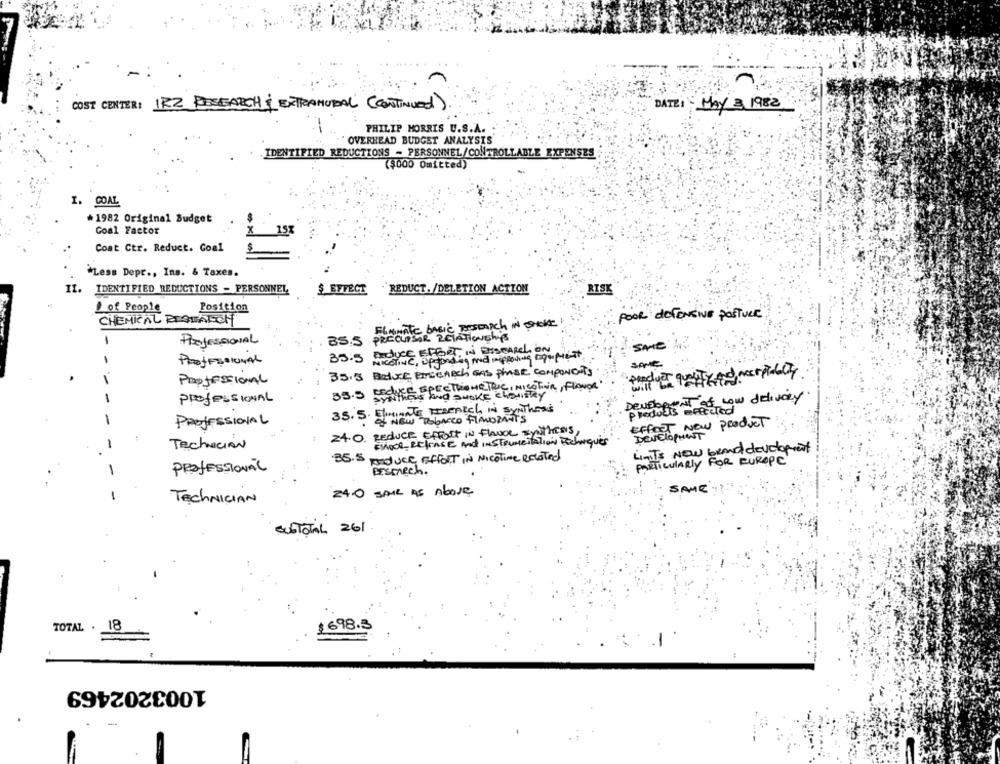
COST CENTER: IRZ RESEARCH & EXTRAMURAL ( CONTINUED).
DATEI MAY & 1982
PHILIP MORRIS U.S.A.
OVERHEAD BUDGET ANALYSIS
IDENTIFIED REDUCTIONS - PERSONNEL/CONTROLLABLE EXPENSES
($000 Omitted)
I. COAL
*1982 Original Budget
Goal Factor
15%
Coat Ctr. Reduct. Coal
$
"Less Depr ., Ins. & Taxes.
II.
IDENTIFIED REDUCTIONS - PERSONNEL,
$ EFFECT
REDUCT. /DELETION ACTION
RIST
of People
Position
CHEMICAL BISWATCH
BS.S PRENNEDE PescaIch IN DANKE!
POOR DEFENSIVE POSTURE
-
PROFESSIONAL
SAME
35.5 NICOTINE, opganding med imploding raquipucust
35.5 Beduce PISCARch GAS PHASE Components
Professional
35.5 reduce SPECTROMETRIC, NICOTINin, FLANDR
sywithers and smoke chouistay
ProfessIONAL
Develope I at Low delivery
35. 5. ELIMINATE PARAICH IN SYNThEss
Of NEW TOBACCO FLAVORANTS
PROFESSIONAL
Develop New Product
24.0. REDUCE EFFORT IN FLAVOL SYNThies,
Finode, RELEASE And INSTRUMENTATION REchaques
TechniCIAN
Now beand development
35.5 produce Effort IN NICOTine Related
EnTiCULARly FOR EUROPE
PROFESSIONAL
BESmech.
SAME:
24.0 SAIR AS Above
TECHNICIAN
SubTOTAL 261
TOTAL . 18
$698.3
1003202469
-